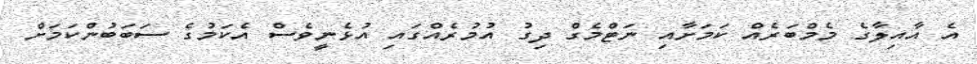
އެ އާއިލާގެ މެމްބަރެއް ކަމަށާއި ނަޓްމެގް ދިގު އުމުރެއްގައި އުޅެނީވެސް އެކަމުގެ ސަބަބުންކަމަށް